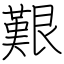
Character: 艱